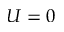
U = 0